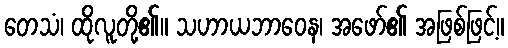
တေသံ၊ ထိုလူတို့၏။ သဟာယဘာဝေန၊ အဖော်၏ အဖြစ်ဖြင့်။